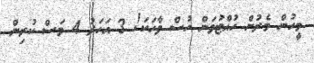
މީހުން މެރުން ހުއްޓުވަން ހުސް ވާހަކަ! 3 އަހަރު 4 މަސް ކުރިން